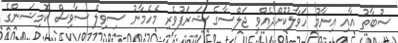
ސުބާތު އާއި އިނާމު ހަވާލުކޮށްދެއްވީ ޖަލްސާގެ ޝަރަފުވެރި މެހެމާނު ސިވިލް ސާވިސް ކޮމިޝަންގެ